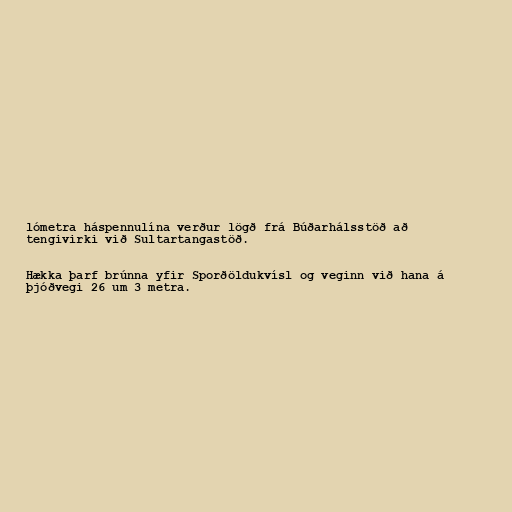
lómetra háspennulína verður lögð frá Búðarhálsstöð að
tengivirki við Sultartangastöð.

Hækka þarf brúnna yfir Sporðöldukvísl og veginn við hana á
þjóðvegi 26 um 3 metra.